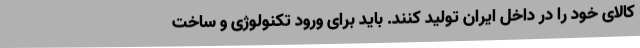
کالای خود را در داخل ایران تولید کنند. باید برای ورود تکنولوژی و ساخت